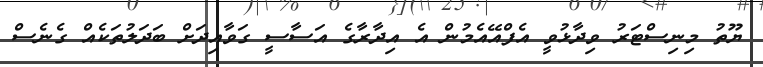
ޔޫތު މިނިސްޓަރު ވިދާޅުވީ އެފްއޭއެމުން އެ އިދާރާގެ އަސާސީ ގަވާއިދަށް ބަދަލުތަކެއް ގެނެސް